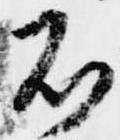
不